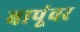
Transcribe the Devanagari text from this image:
बापूंवर